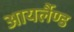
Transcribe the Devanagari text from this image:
आयर्लैण्ड